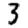
Digit: 3